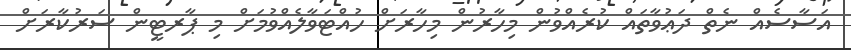
އަސާސެއް ނެތް ދަޢުވާތައް ކުރެއްވުން މިހާރުން މިހާރަށް ހުއްޓަވާލެއްވުމަށް މި ޕާރޓީން ސަރުކާރަށް